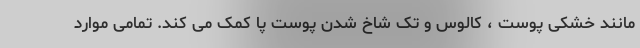
مانند خشکی پوست ، کالوس و تک شاخ شدن پوست پا کمک می کند. تمامی موارد